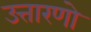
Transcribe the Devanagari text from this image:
उत्तारणो